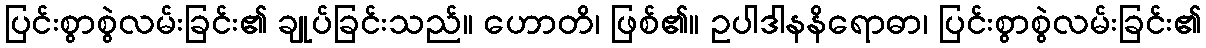
ပြင်းစွာစွဲလမ်းခြင်း၏ ချုပ်ခြင်းသည်။ ဟောတိ၊ ဖြစ်၏။ ဥပါဒါနနိရောဓာ၊ ပြင်းစွာစွဲလမ်းခြင်း၏